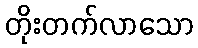
တိုးတက်လာသော